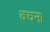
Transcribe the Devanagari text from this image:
वचन।